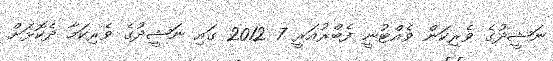
ނަޝީދުގެ ވެރިކަން ވެއްޓުނީ ފެބްރުއަރީ 7 2012 ގައި ނަޝީދުގެ ވެރިކަމާ ދެކޮޅަށް